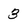
Character: 3